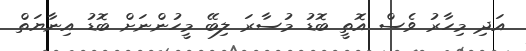
އަދި މިހާރު ވެސް އޮތީ ބޮޑު މުސާރަ ލިބޭ މީހުންނަށް ބޮޑު އިނާޔަތް